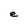
Character: e